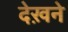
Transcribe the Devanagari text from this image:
देख़ने